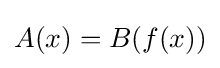
A(x)=B(f(x))